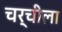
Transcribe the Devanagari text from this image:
चर्चीला